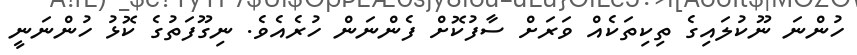
ހުންނަ ނޫކުލައިގެ ތިކިތަކެއް ވަރަށް ސާފުކޮށް ފެންނަން ހުރެއެވެ. ނިގޫފަތުގެ ކޮޅު ހުންނަނީ